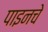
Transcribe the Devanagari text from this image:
पाइनचे